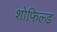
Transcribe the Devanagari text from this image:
शोफिल्ड